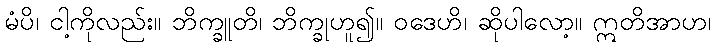
မံပိ၊ ငါ့ကိုလည်း။ ဘိက္ခူတိ၊ ဘိက္ခုဟူ၍။ ဝဒေဟိ၊ ဆိုပါလော့။ ဣတိအာဟ၊